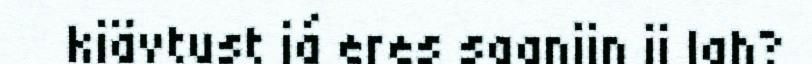
kiävtust já eres saanijn ij lah?